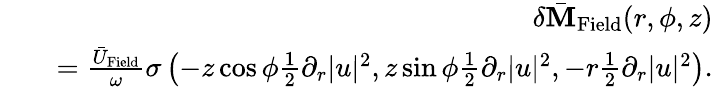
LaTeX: \begin{array}{rlr}&{}&{\delta\bar{\mathbf M}_{\mathrm{Field}}(r,\phi,z)}\\ &{}&{=\frac{\bar{U}_{\mathrm{Field}}}{\omega}\sigma\left(-z\cos\phi\frac{1}{2}\partial_{r}|u|^{2},z\sin\phi\frac{1}{2}\partial_{r}|u|^{2},-r\frac{1}{2}\partial_{r}|u|^{2}\right).}\end{array}